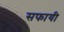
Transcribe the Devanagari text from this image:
सफायी